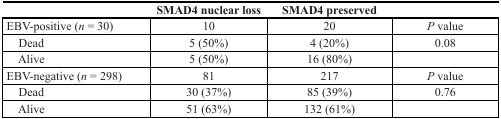
|  | SMAD4 nuclear loss | SMAD4 preserved |  |
 | --- | --- | --- | --- |
 | EBV-positive (n = 30) | 10 | 20 | P value |
 | Dead | 5 (50%) | 4 (20%) | 0.08 |
 | Alive | 5 (50%) | 16 (80%) |  |
 | EBV-negative (n= 298) | 81 | 217 | P value |
 | Dead | 30 (37%) | 85 (39%) | 0.76 |
 | Alive | 51 (63%) | 132 (61%) |  |